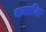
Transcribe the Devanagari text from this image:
बर्क्लेज